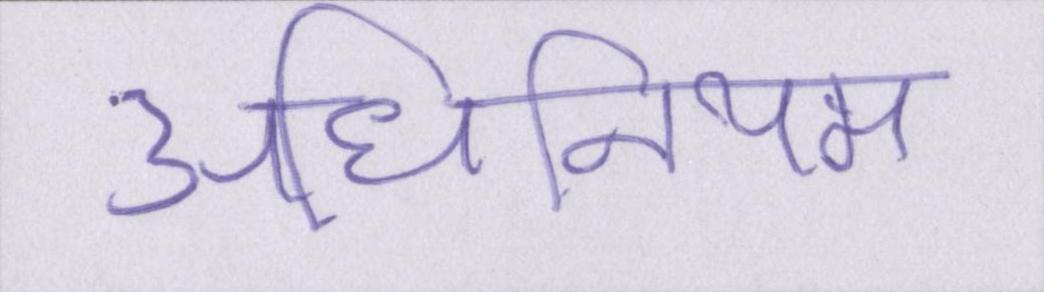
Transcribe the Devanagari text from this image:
अधिनियम